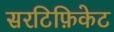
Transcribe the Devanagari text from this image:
सरटिफ़िकेट